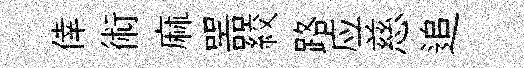
倖術麻噐絞路应慈追